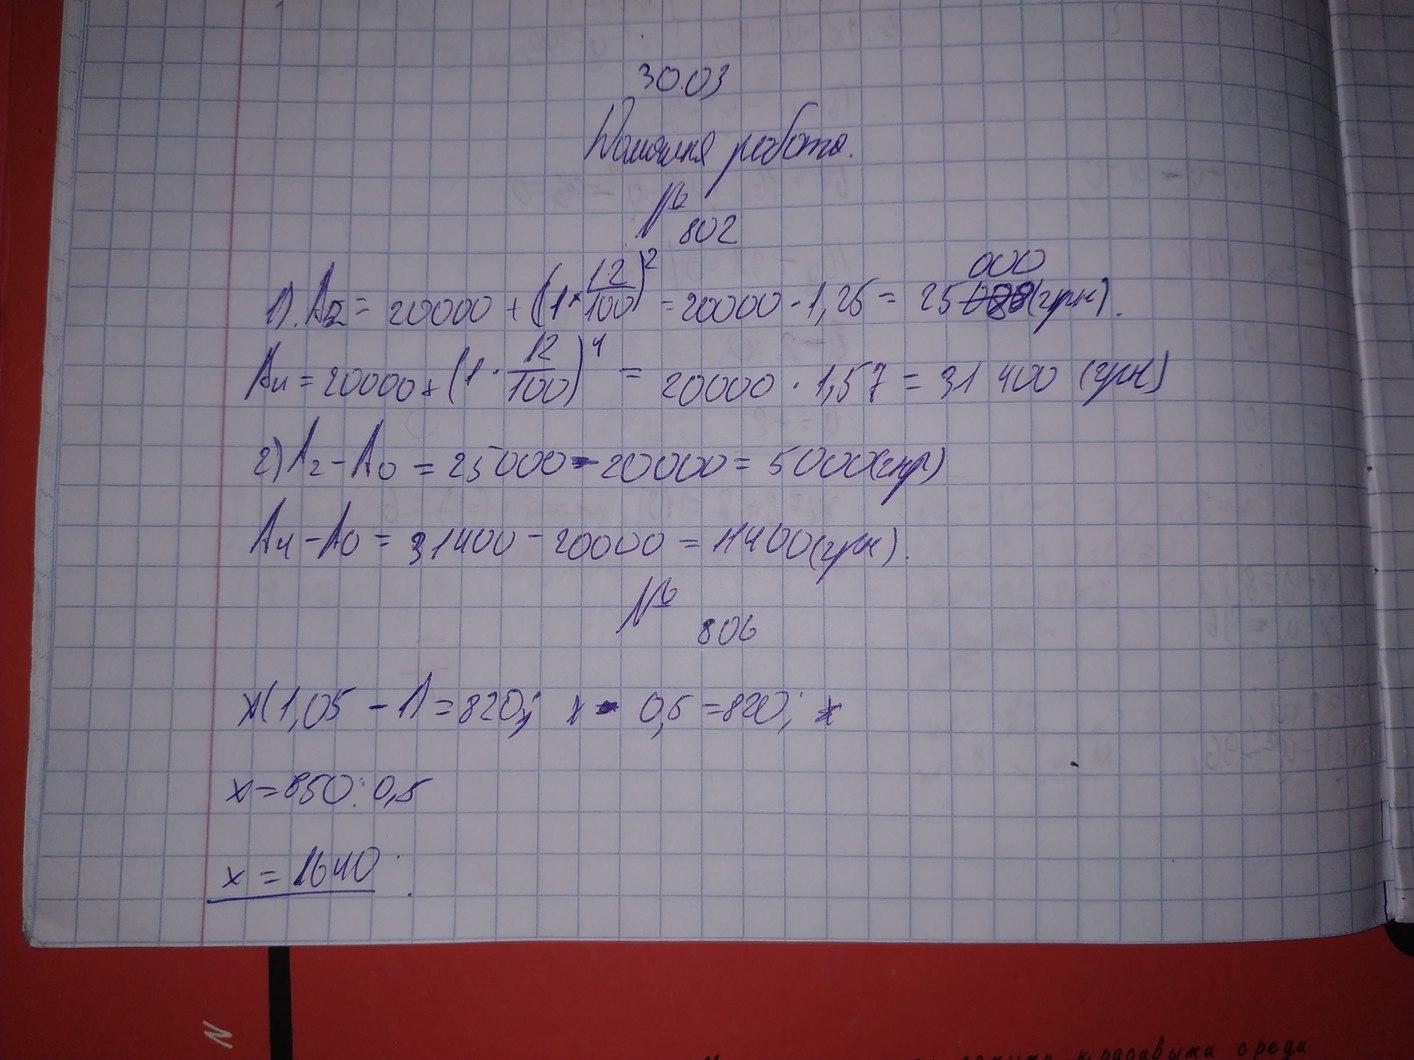
30.03
Домашня робота.
№ 802
A_2 = 2000 + (1 * 12/100)^2 = 2000 * 1,25 = 25~~088~~(000)(грн).
An = 2000 + (1 ⋅12/100)^4 = 2000  ⋅ 1,57 = 31 400 (грн)
2) А2-А0 = 25000-2000 = 5000(гнр)
A4- A0 = 31400 - 2000 = 11400 (грн).
№ 806
X(1,05 - 1) = 820;  х*0,5 = 820; ~~х~~
х = 850:0,5
x = 1640.